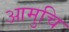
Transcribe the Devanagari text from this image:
आमुचि